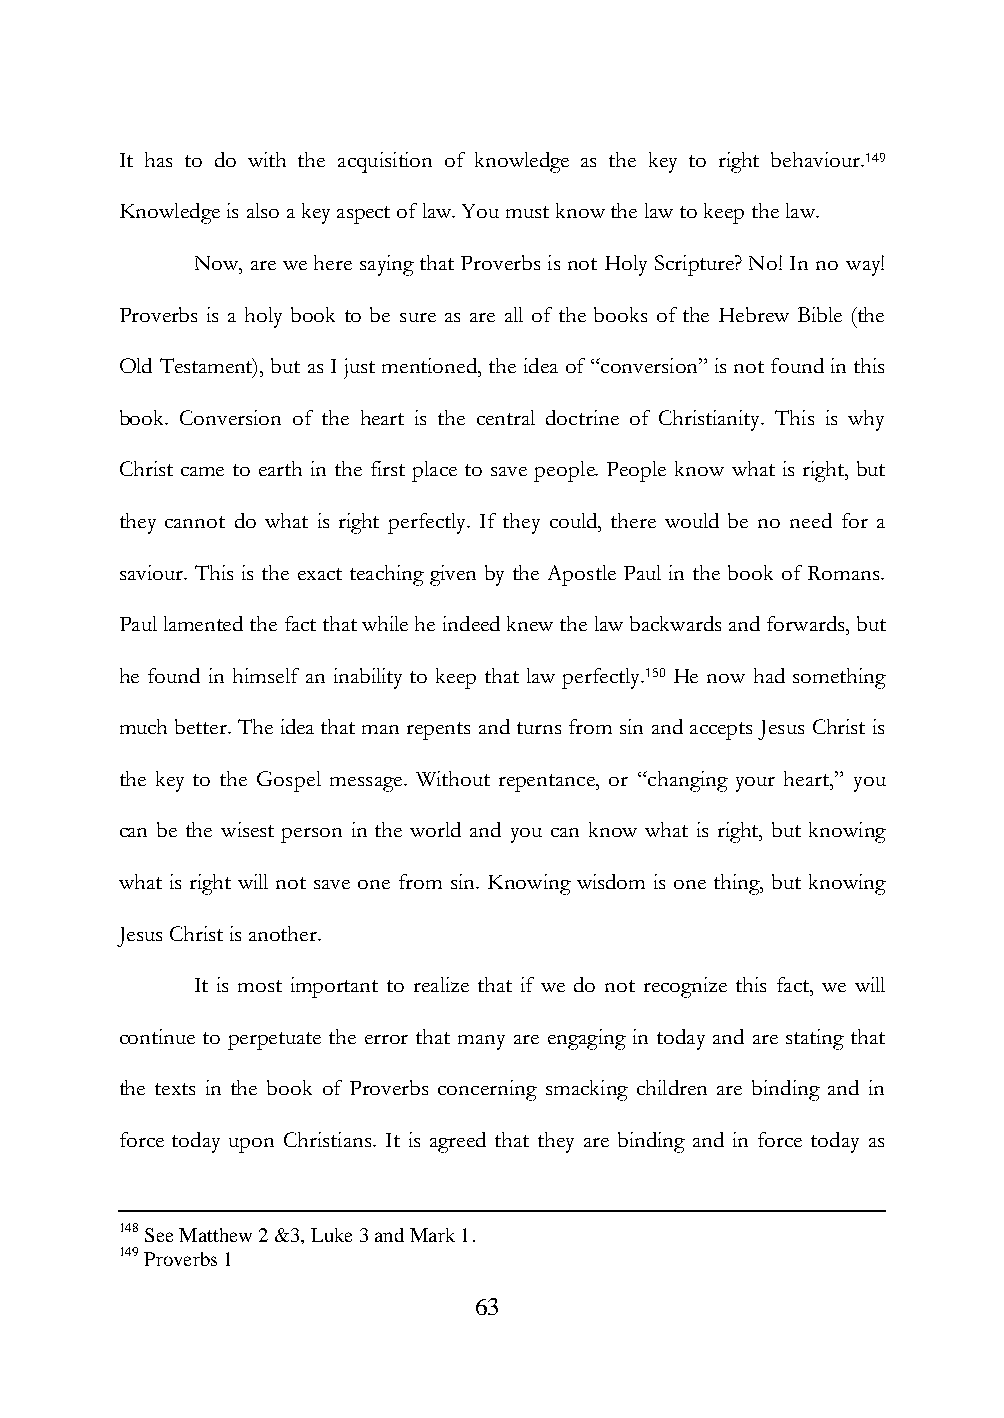
It has to do with the acquisition of knowledge as the key to right behaviour.149
 Knowledge is also a key aspect of law. You must know the law to keep the law.
 Now, are we here saying that Proverbs is not Holy Scripture? No! In no way!
 Proverbs is a holy book to be sure as are all of the books of the Hebrew Bible (the
 Old Testament), but as I just mentioned, the idea of “conversion” is not found in this
 book. Conversion of the heart is the central doctrine of Christianity. This is why
 Christ came to earth in the first place to save people. People know what is right, but
 they cannot do what is right perfectly. If they could, there would be no need for a
 saviour. This is the exact teaching given by the Apostle Paul in the book of Romans.
 Paul lamented the fact that while he indeed knew the law backwards and forwards, but
 he found in himself an inability to keep that law perfectly.150 He now had something
 much better. The idea that man repents and turns from sin and accepts Jesus Christ is
 the key to the Gospel message. Without repentance, or “changing your heart,” you
 can be the wisest person in the world and you can know what is right, but knowing
 what is right will not save one from sin. Knowing wisdom is one thing, but knowing
 Jesus Christ is another.
 It is most important to realize that if we do not recognize this fact, we will
 continue to perpetuate the error that many are engaging in today and are stating that
 the texts in the book of Proverbs concerning smacking children are binding and in
 force today upon Christians. It is agreed that they are binding and in force today as
 148 See Matthew 2 &3, Luke 3 and Mark 1.
 149 Proverbs 1
 63